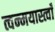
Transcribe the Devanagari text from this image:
त्वन्मयास्त्वाँ